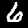
Label: 6